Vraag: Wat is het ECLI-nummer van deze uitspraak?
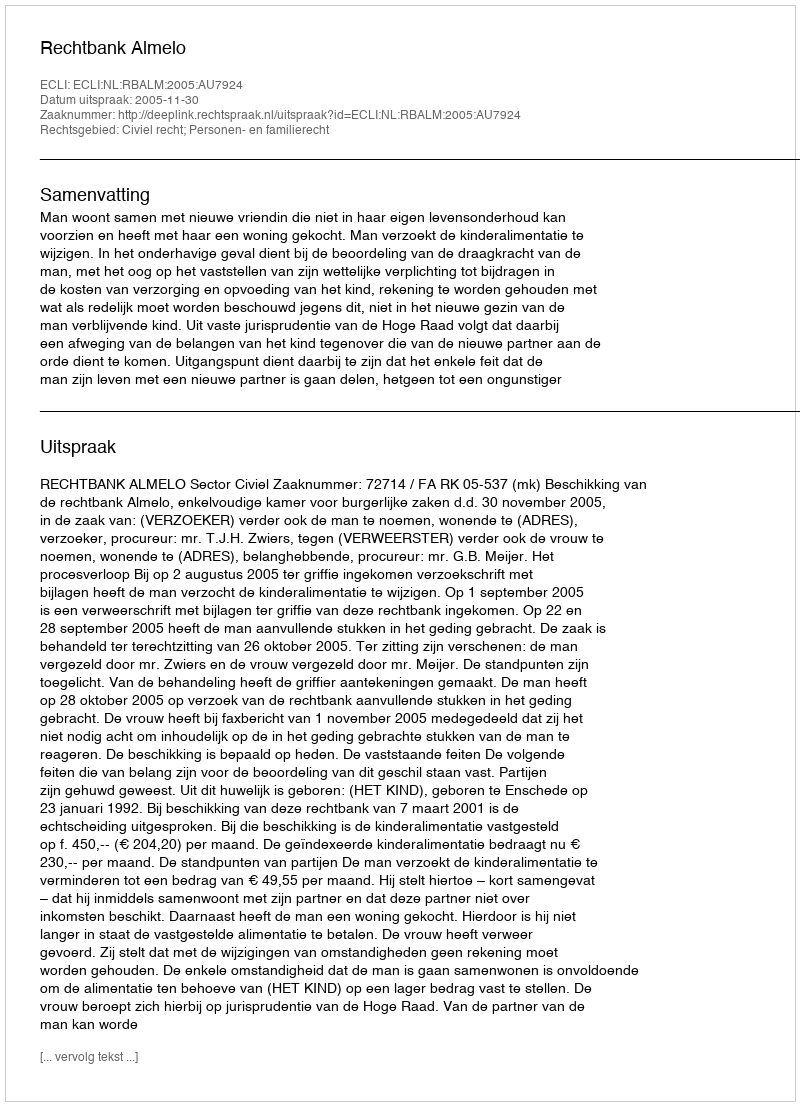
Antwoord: ECLI:NL:RBALM:2005:AU7924